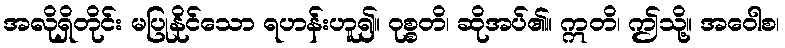
အလိုရှိတိုင်း မပြုနိုင်သော ရဟန်းဟူ၍။ ဝုစ္စတိ၊ ဆိုအပ်၏။ ဣတိ၊ ဤသို့။ အဝေါစ၊